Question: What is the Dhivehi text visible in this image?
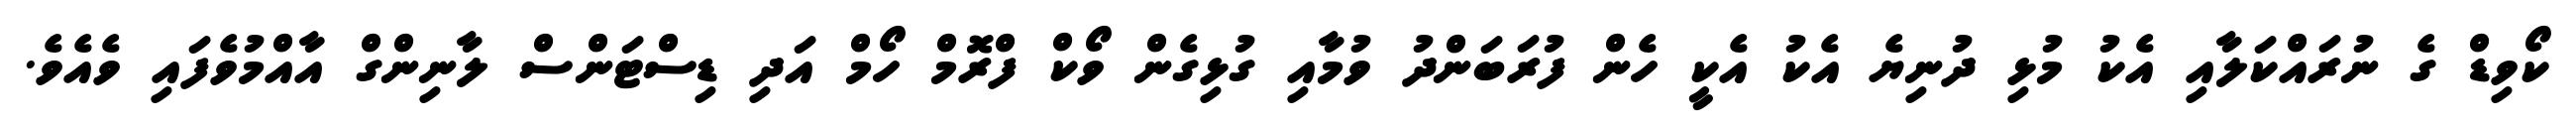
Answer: ކޯވިޑް ގެ ނުރައްކަލާއި އެކު މުޅި ދުނިޔެ އެކު އެކީ ހެން ފުރަބަންދު ވުމާއި ގުޅިގެން ވޯކް ފްރޮމް ހޯމް އަދި ޑިސްޓަންސް ލާނިންގް އާއްމުވެފައި ވެއެވެ.